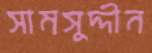
সামসুদ্দীন